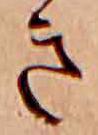
き